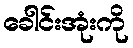
ခေါင်းအုံးကို